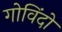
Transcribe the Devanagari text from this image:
गोविंदो